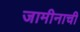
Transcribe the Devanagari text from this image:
जामीनाची